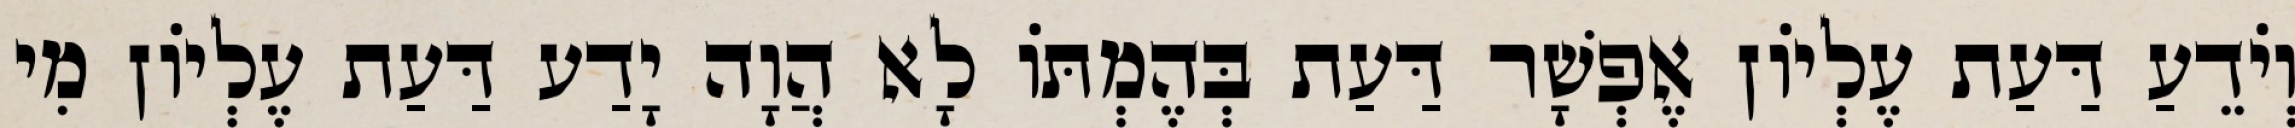
וְיֹדֵעַ דַּעַת עֶלְיוֹן אֶפְשָׁר דַּעַת בְּהֶמְתּוֹ לָא הֲוָה יָדַע דַּעַת עֶלְיוֹן מִי